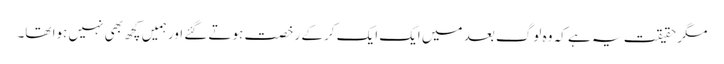
مگر حقیقت یہ ہے کہ وہ لوگ بعد میں ایک ایک کرکے رخصت ہوتے گئے اور ہمیں کچھ بھی نہیں ہوا تھا۔